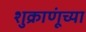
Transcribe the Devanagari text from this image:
शुक्राणूंच्या